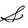
Character: S